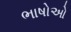
ભાષોઓ